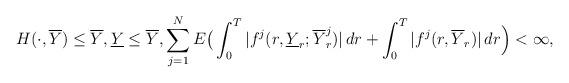
LaTeX: \begin{align*}H(\cdot,\overline{Y})\le \overline{Y},\underline{Y}\le\overline{Y},\sum_{j=1}^NE\big(\int_0^T|f^j(r,\underline{Y}_r;\overline{Y}^j_r)|\,dr+\int_0^T|f^j(r,\overline{Y}_r)|\,dr\Big)<\infty,\end{align*}